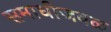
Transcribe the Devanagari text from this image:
समाधीजवळ